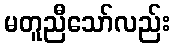
မတူညီသော်လည်း